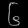
Digit: ၆